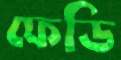
ফেডি